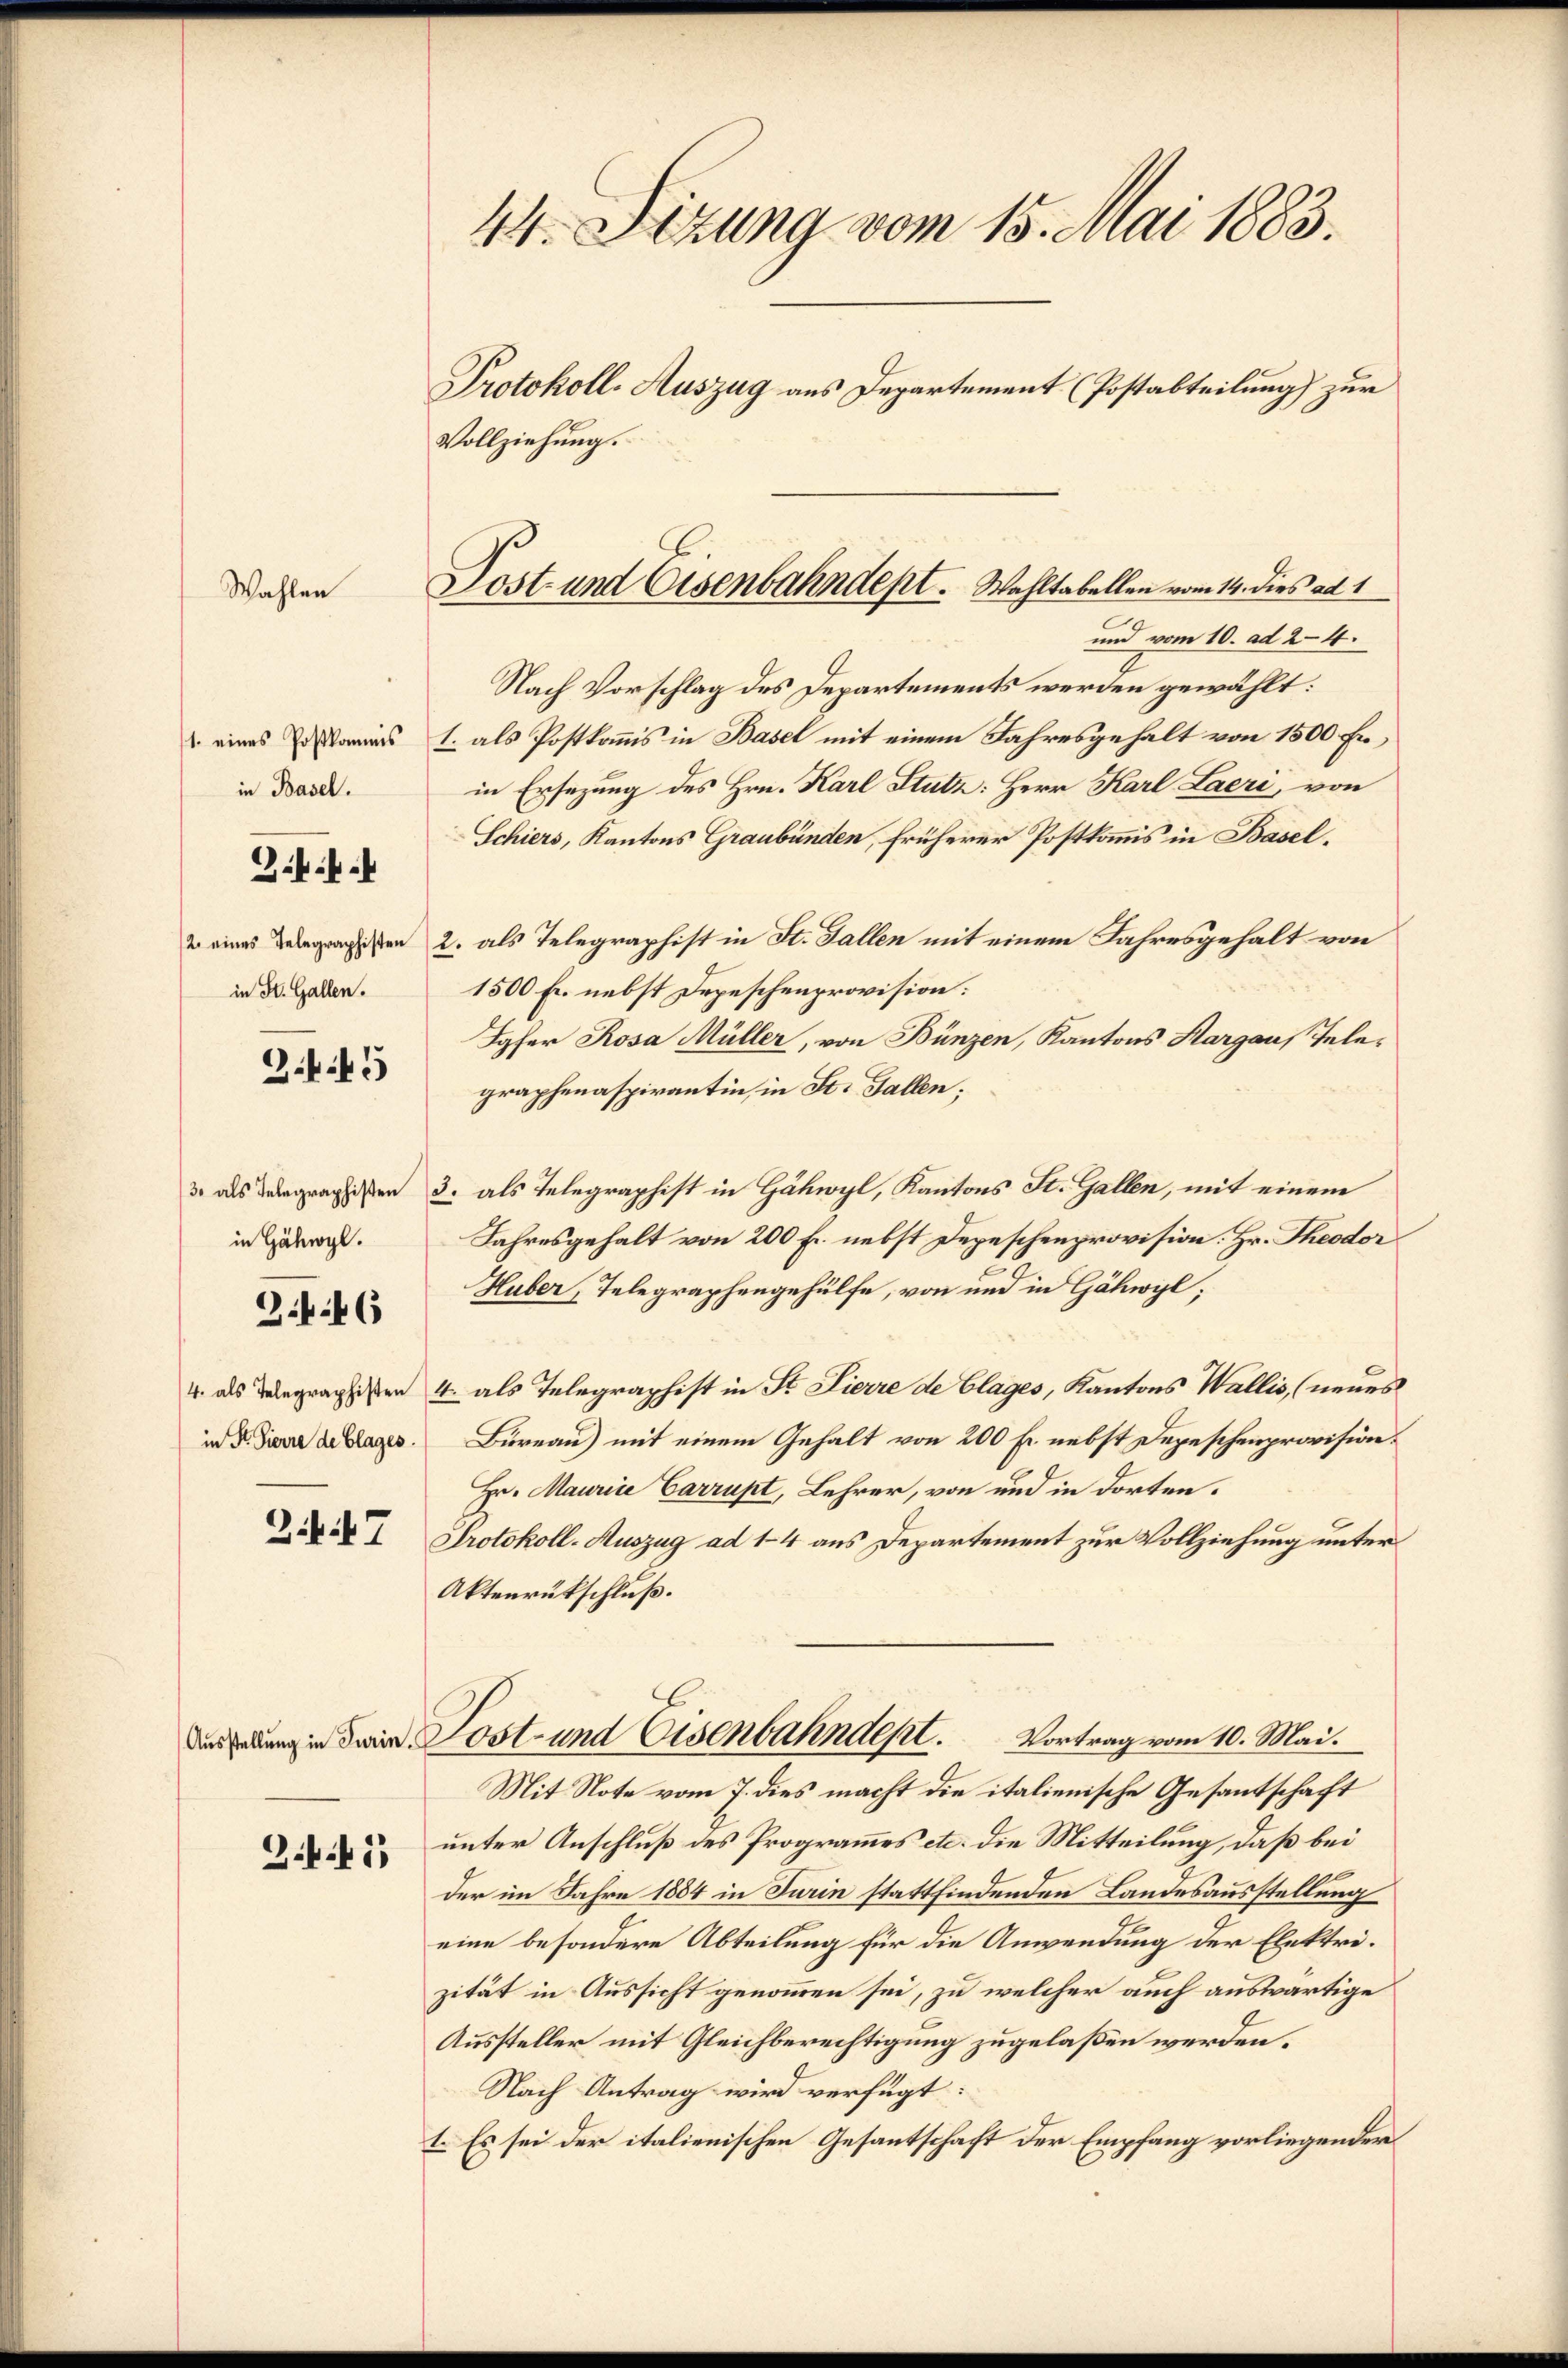
Wahlen

1. eines Postkommis
in Basel.

2. eines Telegraphisten
in St. Gallen.

Zif.

B.45

in Hähwyl.

3.6

in Fr. Vierre de Clages.

2.47

3.441)

44. Sizung vom 15. Mai 1883.
Protokoll-Auszug aus Departement (Postabteilung) zur
Vollziehung.

und vom 10. ad 2. 4.
Nach Vorschlag des Departements werden gewählt:
1. als Postkommis in Basel mit einem Jahresgehalt von 1500 Erin Ersezung des Hrn. Karl Stutz: Herr Karl Laeri, von
Schiers, Kantons Graubünden, früherer Postkommis in Basel¬
2. als Telegraphist in St. Gallen mit einem Jahresgehalt von
1500 Fr. nebst Depeschenprovision:
Ioher Rosa Müller, von Bünzen, Kantons Hargau, Telegraphenaspirantin, in St. Gallen;
3 als Vergragisten 3. als Telegraphist in Gähwyl, Kantons St. Gallen, mit einem
Jahresgehalt von 200 Fr. nebst Depeschenprovision. Hr. Theodor
Huber, Telegraphengehülfe, von und in Gähwyl,
4 als Delegraphisten 4. als Telegraphist in St. Lierre de Clages, Kantons Wallis, (neues
Bureau) mit einem Gehalt von 200 Fr. nebst Depeschenprovision.
Hr. Maurice Carrupt, Lehrer, von und in dorten.
Protokoll-Auszug ad 14 aus Departement zur Vollziehung unter
Aktenrückschluß.
n in die Post- und Eisenbahndept. Vortrag vom 10. Mai.
Mit Note vom 7. dies macht die italienische Gesandtschaft
unter Anschluß des Programmes etc. die Mitteilung, daß bei
der im Jahre 1884 in Turin stattfindenden Landesausstellung
eine besondere Abteilung für die Anwendung der Elektrizität in Aussicht genommen sei, zu welcher auch auswärtige
Aussteller mit Gleichberechtigung zugelaßen werden.
Nach Antrag wird verfügt:
1. Es sei der italienischen Gesantschaft der Empfang vorliegender

Post- und Eisenbahndept. Wahltabellen vom 14. dies ad 1
G.